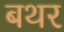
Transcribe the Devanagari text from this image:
बथर